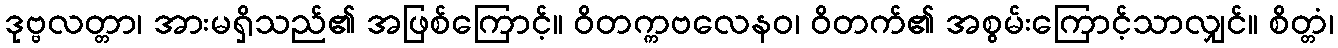
ဒုဗ္ဗလတ္တာ၊ အားမရှိသည်၏ အဖြစ်ကြောင့်။ ဝိတက္ကဗလေနဝ၊ ဝိတက်၏ အစွမ်းကြောင့်သာလျှင်။ စိတ္တံ၊